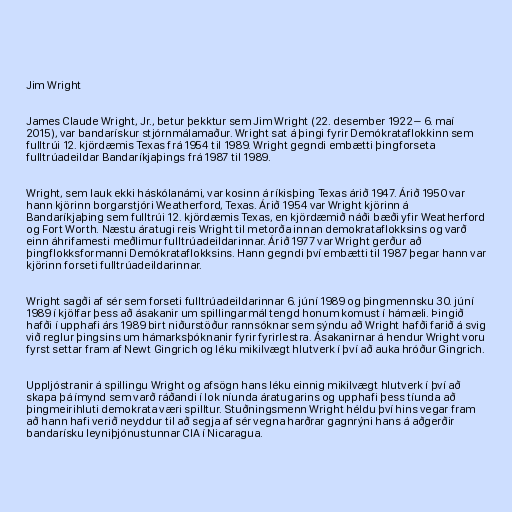
Jim Wright

James Claude Wright, Jr., betur þekktur sem Jim Wright (22. desember 1922 – 6. maí
2015), var bandarískur stjórnmálamaður. Wright sat á þingi fyrir Demókrataflokkinn sem
fulltrúi 12. kjördæmis Texas frá 1954 til 1989. Wright gegndi embætti þingforseta
fulltrúadeildar Bandaríkjaþings frá 1987 til 1989.

Wright, sem lauk ekki háskólanámi, var kosinn á ríkisþing Texas árið 1947. Árið 1950 var
hann kjörinn borgarstjóri Weatherford, Texas. Árið 1954 var Wright kjörinn á
Bandaríkjaþing sem fulltrúi 12. kjördæmis Texas, en kjördæmið náði bæði yfir Weatherford
og Fort Worth. Næstu áratugi reis Wright til metorða innan demokrataflokksins og varð
einn áhrifamesti meðlimur fulltrúadeildarinnar. Árið 1977 var Wright gerður að
þingflokksformanni Demókrataflokksins. Hann gegndi því embætti til 1987 þegar hann var
kjörinn forseti fulltrúadeildarinnar.

Wright sagði af sér sem forseti fulltrúadeildarinnar 6. júní 1989 og þingmennsku 30. júní
1989 í kjölfar þess að ásakanir um spillingarmál tengd honum komust í hámæli. Þingið
hafði í upphafi árs 1989 birt niðurstöður rannsóknar sem sýndu að Wright hafði farið á svig
við reglur þingsins um hámarksþóknanir fyrir fyrirlestra. Ásakanirnar á hendur Wright voru
fyrst settar fram af Newt Gingrich og léku mikilvægt hlutverk í því að auka hróður Gingrich.

Uppljóstranir á spillingu Wright og afsögn hans léku einnig mikilvægt hlutverk í því að
skapa þá ímynd sem varð ráðandi í lok níunda áratugarins og upphafi þess tíunda að
þingmeirihluti demokrata væri spilltur. Stuðningsmenn Wright héldu því hins vegar fram
að hann hafi verið neyddur til að segja af sér vegna harðrar gagnrýni hans á aðgerðir
bandarísku leyniþjónustunnar CIA í Nicaragua.